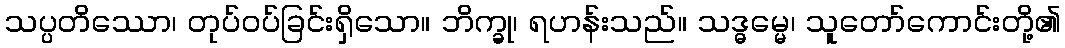
သပ္ပတိဿော၊ တုပ်ဝပ်ခြင်းရှိသော။ ဘိက္ခု၊ ရဟန်းသည်။ သဒ္ဓမ္မေ၊ သူတော်ကောင်းတို့၏